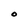
Character: O